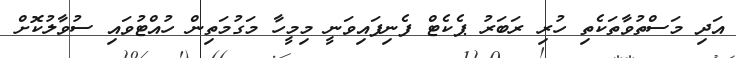
އަދި މަސްތުވާތަކެތި ހުރި ރަބަރު ޕެކެޓް ފެނިފައިވަނީ މިމީހާ މަގުމަތިން ހުއްޓުވައި ސުވާލުކޮށް